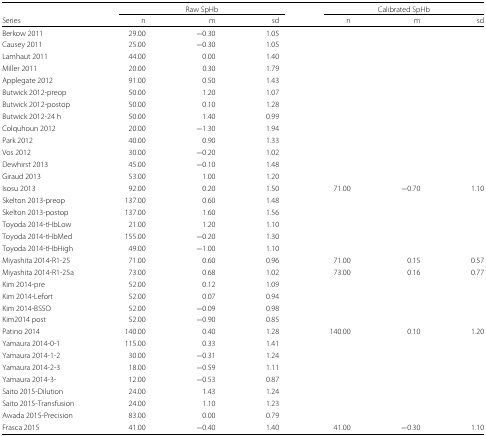
<table><thead><tr><td></td><td colspan="3"><b>Raw SpHb</b></td><td colspan="3"><b>Calibrated SpHb</b></td></tr><tr><td><b>Series</b></td><td><b>n</b></td><td><b>m</b></td><td><b>sd</b></td><td><b>n</b></td><td><b>m</b></td><td><b>sd</b></td></tr></thead><tbody><tr><td>Berkow 2011</td><td>29.00</td><td>−0.30</td><td>1.05</td><td></td><td></td><td></td></tr><tr><td>Causey 2011</td><td>25.00</td><td>−0.30</td><td>1.05</td><td></td><td></td><td></td></tr><tr><td>Lamhaut 2011</td><td>44.00</td><td>0.00</td><td>1.40</td><td></td><td></td><td></td></tr><tr><td>Miller 2011</td><td>20.00</td><td>0.30</td><td>1.79</td><td></td><td></td><td></td></tr><tr><td>Applegate 2012</td><td>91.00</td><td>0.50</td><td>1.43</td><td></td><td></td><td></td></tr><tr><td>Butwick 2012-preop</td><td>50.00</td><td>1.20</td><td>1.07</td><td></td><td></td><td></td></tr><tr><td>Butwick 2012-postop</td><td>50.00</td><td>0.10</td><td>1.28</td><td></td><td></td><td></td></tr><tr><td>Butwick 2012-24 h</td><td>50.00</td><td>1.40</td><td>0.99</td><td></td><td></td><td></td></tr><tr><td>Colquhoun 2012</td><td>20.00</td><td>−1.30</td><td>1.94</td><td></td><td></td><td></td></tr><tr><td>Park 2012</td><td>40.00</td><td>0.90</td><td>1.33</td><td></td><td></td><td></td></tr><tr><td>Vos 2012</td><td>30.00</td><td>−0.20</td><td>1.02</td><td></td><td></td><td></td></tr><tr><td>Dewhirst 2013</td><td>45.00</td><td>−0.10</td><td>1.48</td><td></td><td></td><td></td></tr><tr><td>Giraud 2013</td><td>53.00</td><td>1.00</td><td>1.20</td><td></td><td></td><td></td></tr><tr><td>Isosu 2013</td><td>92.00</td><td>0.20</td><td>1.50</td><td>71.00</td><td>−0.70</td><td>1.10</td></tr><tr><td>Skelton 2013-preop</td><td>137.00</td><td>0.60</td><td>1.48</td><td></td><td></td><td></td></tr><tr><td>Skelton 2013-postop</td><td>137.00</td><td>1.60</td><td>1.56</td><td></td><td></td><td></td></tr><tr><td>Toyoda 2014-tHbLow</td><td>21.00</td><td>1.20</td><td>1.10</td><td></td><td></td><td></td></tr><tr><td>Toyoda 2014-tHbMed</td><td>155.00</td><td>−0.20</td><td>1.30</td><td></td><td></td><td></td></tr><tr><td>Toyoda 2014-tHbHigh</td><td>49.00</td><td>−1.00</td><td>1.10</td><td></td><td></td><td></td></tr><tr><td>Miyashita 2014-R1-25</td><td>71.00</td><td>0.60</td><td>0.96</td><td>71.00</td><td>0.15</td><td>0.57</td></tr><tr><td>Miyashita 2014-R1-25a</td><td>73.00</td><td>0.68</td><td>1.02</td><td>73.00</td><td>0.16</td><td>0.77</td></tr><tr><td>Kim 2014-pre</td><td>52.00</td><td>0.12</td><td>1.09</td><td></td><td></td><td></td></tr><tr><td>Kim 2014-Lefort</td><td>52.00</td><td>0.07</td><td>0.94</td><td></td><td></td><td></td></tr><tr><td>Kim 2014-BSSO</td><td>52.00</td><td>−0.09</td><td>0.98</td><td></td><td></td><td></td></tr><tr><td>Kim2014 post</td><td>52.00</td><td>−0.90</td><td>0.85</td><td></td><td></td><td></td></tr><tr><td>Patino 2014</td><td>140.00</td><td>0.40</td><td>1.28</td><td>140.00</td><td>0.10</td><td>1.20</td></tr><tr><td>Yamaura 2014-0-1</td><td>115.00</td><td>0.33</td><td>1.41</td><td></td><td></td><td></td></tr><tr><td>Yamaura 2014-1-2</td><td>30.00</td><td>−0.31</td><td>1.24</td><td></td><td></td><td></td></tr><tr><td>Yamaura 2014-2-3</td><td>18.00</td><td>−0.59</td><td>1.11</td><td></td><td></td><td></td></tr><tr><td>Yamaura 2014-3-</td><td>12.00</td><td>−0.53</td><td>0.87</td><td></td><td></td><td></td></tr><tr><td>Saito 2015-Dilution</td><td>24.00</td><td>1.43</td><td>1.24</td><td></td><td></td><td></td></tr><tr><td>Saito 2015-Transfusion</td><td>24.00</td><td>1.10</td><td>1.23</td><td></td><td></td><td></td></tr><tr><td>Awada 2015-Precision</td><td>83.00</td><td>0.00</td><td>0.79</td><td></td><td></td><td></td></tr><tr><td>Frasca 2015</td><td>41.00</td><td>−0.40</td><td>1.40</td><td>41.00</td><td>−0.30</td><td>1.10</td></tr></tbody></table>